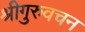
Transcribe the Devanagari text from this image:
श्रीगुरुवचन